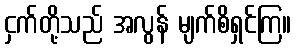
ငှက်တို့သည် အလွန် မျက်စိရှင်ကြ။